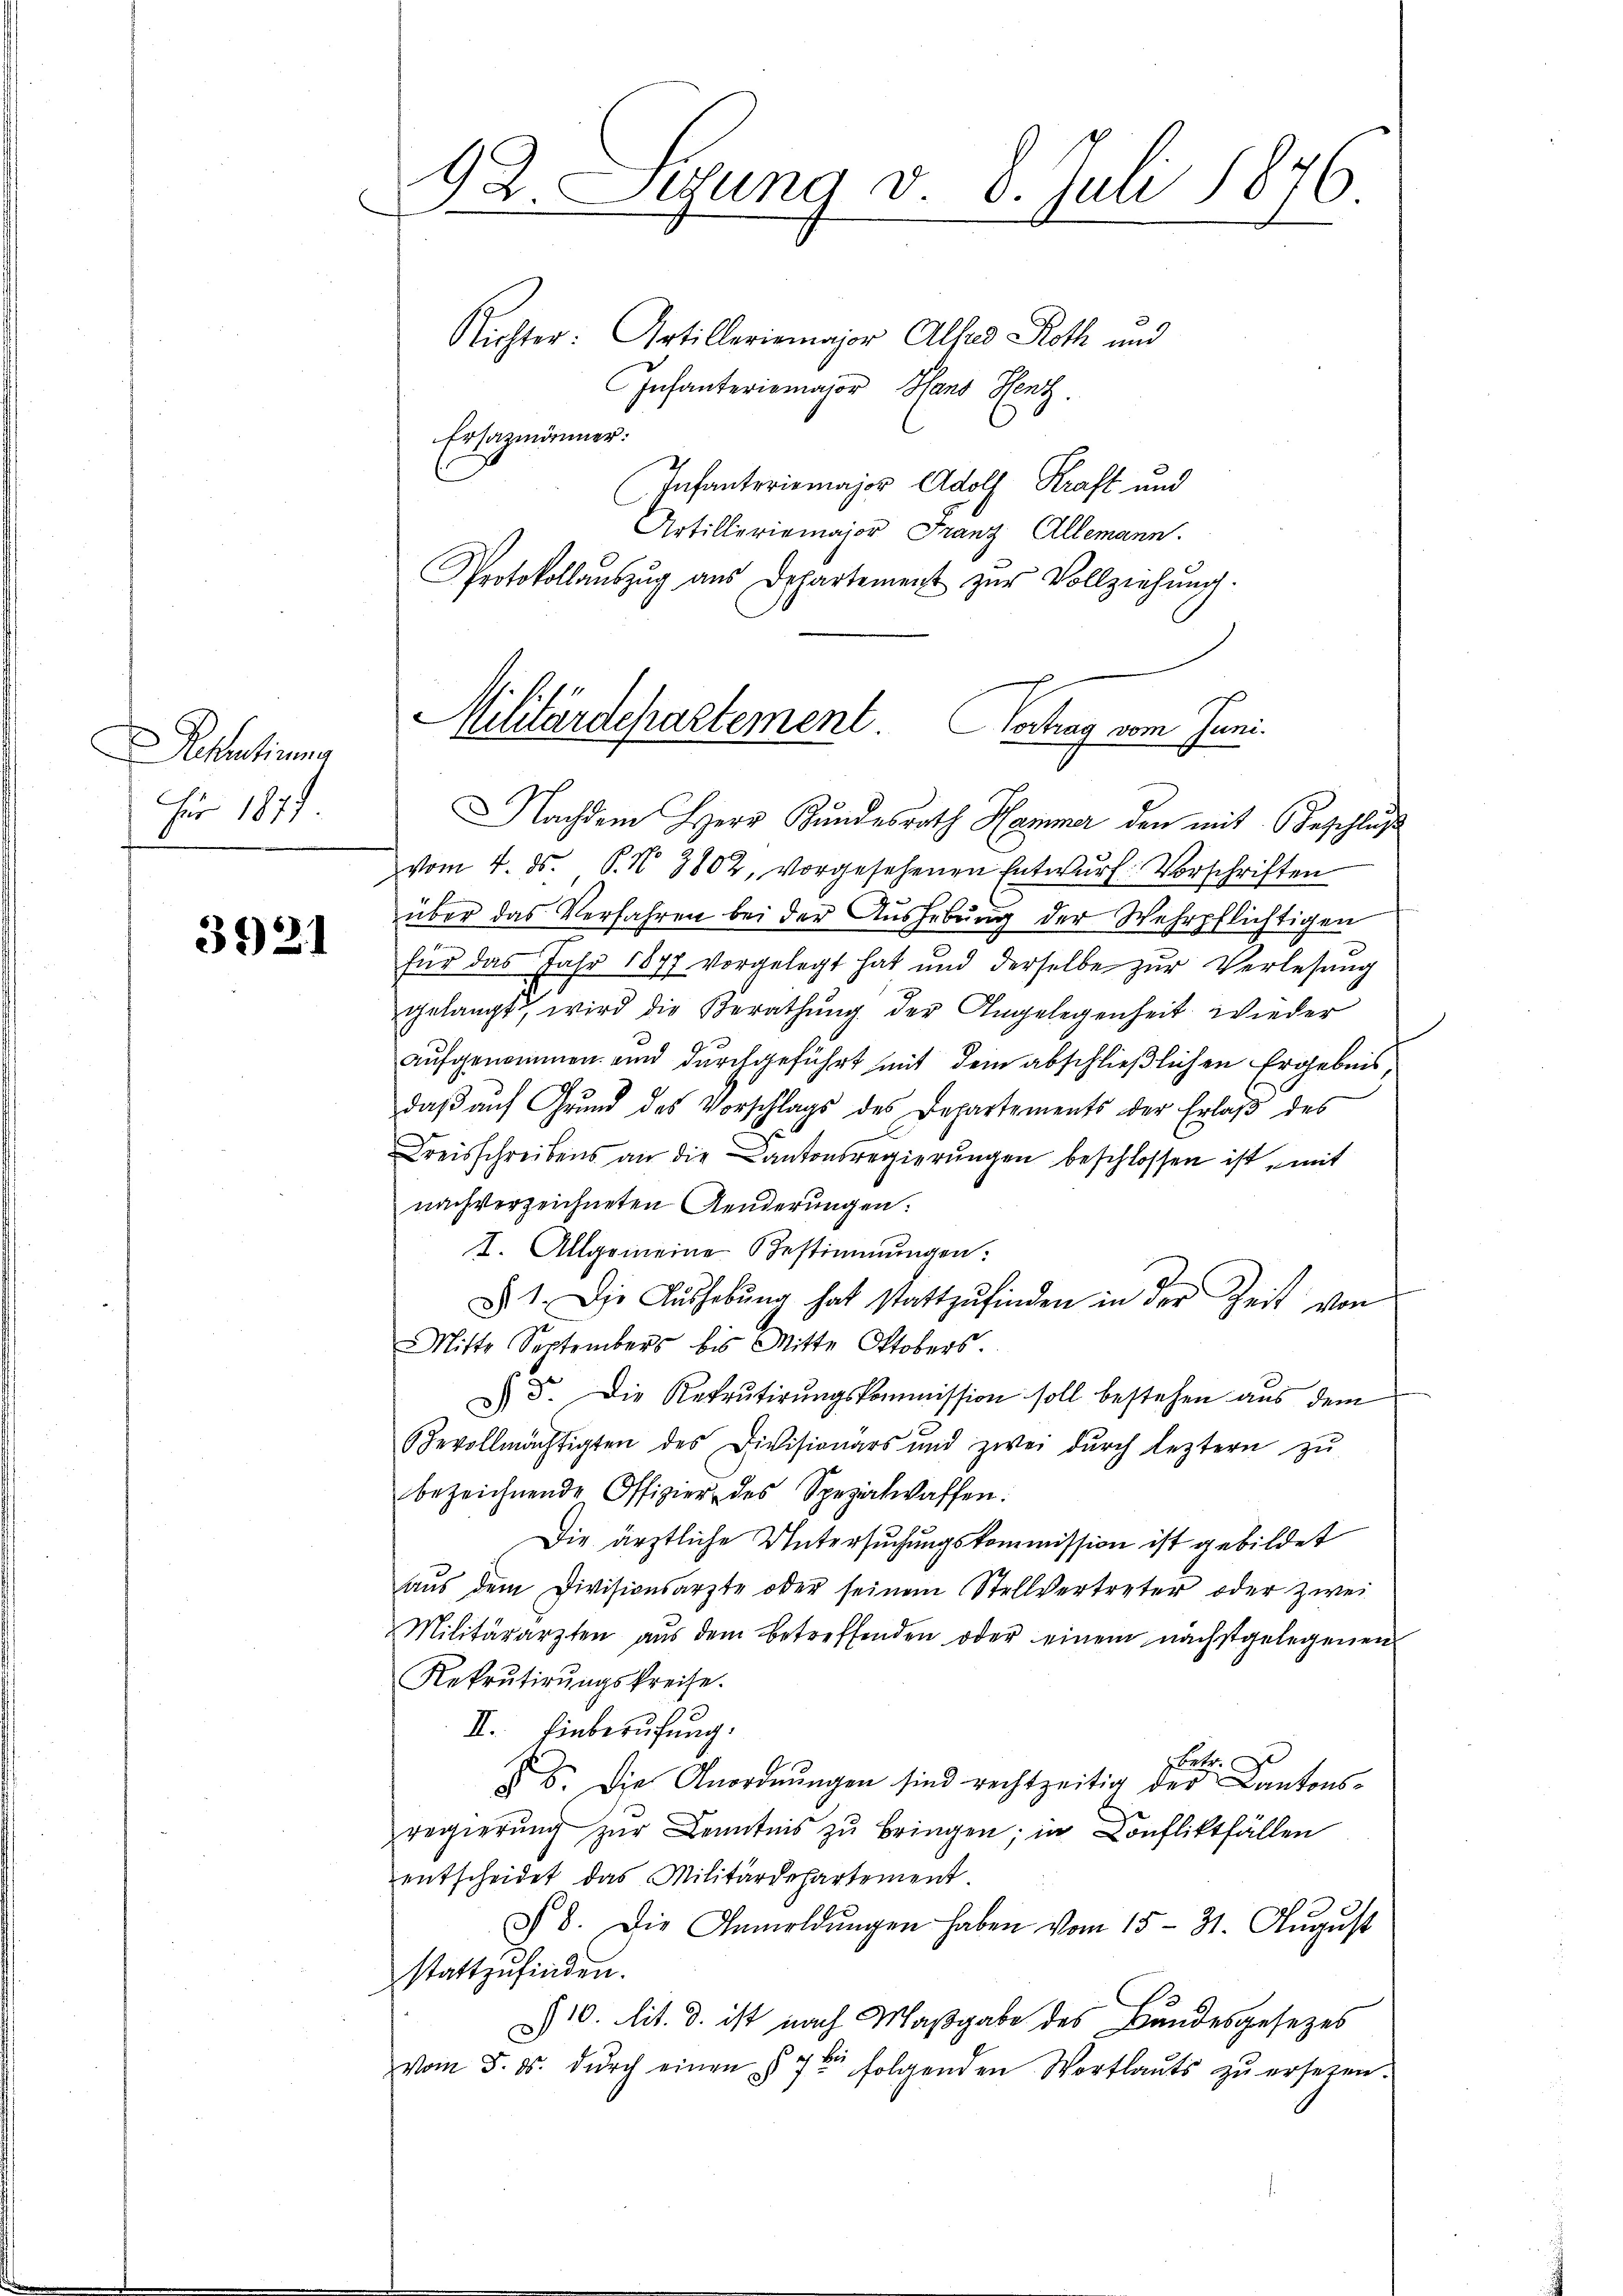
Petentirung
für 1877

3921

92 Sizung v. 8. Juli 1876.
-
Richter: Artilleriemajor Alfred Roth und
Infanteriomajor Hans Henz.

Ersazmänner:
Infanterismajor Adolf Kraft und
Artilleriemajor Franz Allemann.
Protokollaŭszŭg aŭs Appartement zŭr Vollziehŭng.
Nachdem Herr Bundesrath Hammer den mit Beschluß
vom 4. ds. P. N. 3802, vorgesehenen Entwŭrf Vorschriften
über das Verfahren bei der Aushebung der Wehrpflichtigen
für das Jahr 1877 vorgelegt hat und derselbe zŭr Verlesung
gelangt, wird die Berathung der Angelegenheit wieder
aufgenommen und durchgeführt mit dem abschließlichen Ergebnis
daβ aŭf Grund des Vorschlags des Departements der Erlaβ des
Kreisschreibens an die Kantonsregierungen beschlossen ist, mit
nachverzeichneten Aenderungen:
I. Allgemeine Bestimmungen:
§ 1. Die Aŭshebŭng hat stattzŭfinden in der Zeit von
Mitte Septembers bis Mitte Oktobers.
& 5. Die Rekrutirŭngskommission soll bestehen aus dem
Bevollmächtigten des Divisionars und zwei dŭrch leztern zŭ
bezeichnende Offizier des Spezialwaffen:
Die ärztliche Untersuchungskommission ist gebildet
aŭs dem Divisionsarzte oder seinem Stellvertreter oder zwei
Militärarzten aŭs dem betreffenden oder einem nächstgelegenen
Rekrutirŭngskreise.
II. Einberufung.
betr.
§ 5. Die Anordnungen sind rechtzeitig der Cantonsregierung zur Kenntnis zu bringen; in Confliktfällen
entscheidet das Militärdepartement
d 8. Die Anmeldŭngen haben vom 15. 31. August
stattzufinden.
10. lit. d. ist nach Maßgabe des Bundesgesezes
.
vom 5. ds. dŭrch einen § 7 folgenden Wortlauts zŭ ersetzen.

Militärdepartement Vortrag vom Juni.